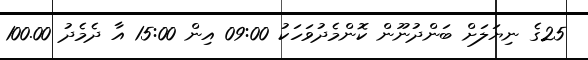
25ގެ ނިޔަލަށް ބަންދުނޫން ކޮންމެދުވަހަކު 09:00 އިން 15:00 އާ ދެމެދު 100.00